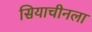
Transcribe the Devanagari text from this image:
सियाचीनला